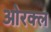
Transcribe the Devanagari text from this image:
ओरक्ल